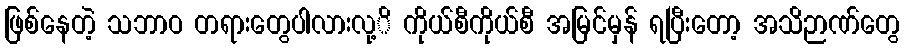
ဖြစ်နေတဲ့ သဘာဝ တရားတွေပါလားလု့ိ ကိုယ်စီကိုယ်စီ အမြင်မှန် ရပြီးတော့ အသိဉာဏ်တွေ